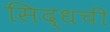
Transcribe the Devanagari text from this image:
सिद्धची